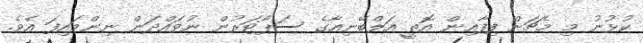
ކުޅުނު މި މެޗަށް ފިފާއިން އޮތީ އަލްބޭނިއާގެ ސަޕޯޓަރުން ނުވައްދަން ނިންމައިފަ އެވެ.